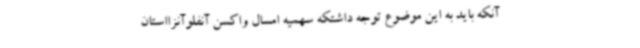
آنکه باید به این موضوع توجه داشتکه سهمیه امسال واکسن آنفلوآنزااستان